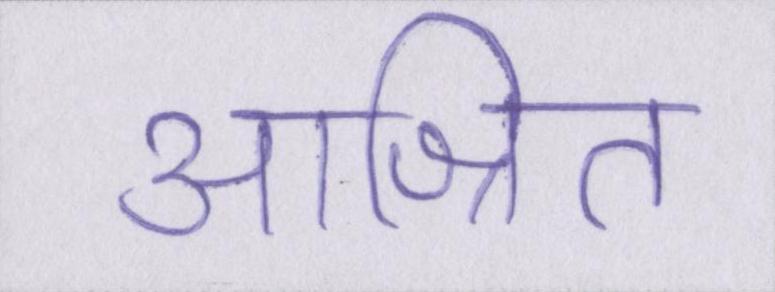
आश्रित